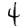
Digit: 4